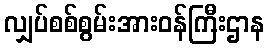
လျှပ်စစ်စွမ်းအားဝန်ကြီးဌာန